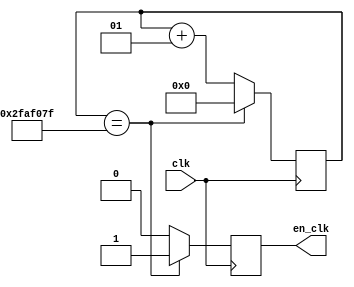
// Name: UJJWAL CHAUDAHRY, M. Tech., ESE [2023 - 2025], IISc Bengaluru
// SR No.: 22577
// Q3

module freq_divider #(parameter div_value=49999999) (
  input wire clk,      // Input clock at 100MHz
  output wire en_clk   // Output enable at ~1Hz
);

    integer count=0;     // 27-bit counter for a large division factor
    reg en_clk_temp = 0;          // Output clock

    always @(posedge clk) begin
        if (count == div_value) begin
            count <= 0;
            en_clk_temp <= 1; 
        end else begin
            count <= count + 1;
            en_clk_temp <= 0;
        end
    end

    assign en_clk = en_clk_temp;

endmodule